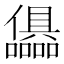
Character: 𭌷